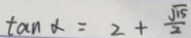
\tan \alpha = 2 + \frac { \sqrt { 1 5 } } { 2 }